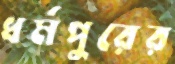
ধর্মপুরের